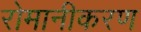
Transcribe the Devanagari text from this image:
रोमानीकरण